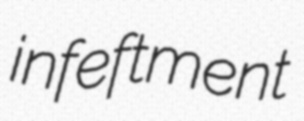
infeftment